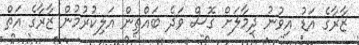
ޒާރާގެ އަޑު އިވުނު ދިމާލަށް ގޮސް ވަދެ ބައްތިން އަލިކުރުމުން ޒާރާގެ އަތް